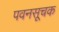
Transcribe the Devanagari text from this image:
पवनसूचक